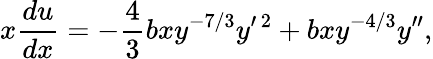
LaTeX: x\frac{du}{dx}=-\frac{4}{3}bxy^{-7/3}y^{\prime\, 2}+bxy^{-4/3}y^{\prime\prime},